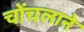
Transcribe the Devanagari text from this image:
चोंचलाने